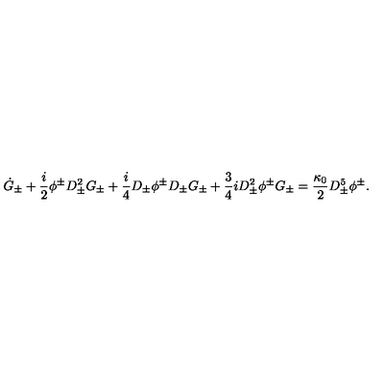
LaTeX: \dot { G } _ { \pm } + \frac { i } { 2 } \phi ^ { \pm } D _ { \pm } ^ { 2 } G _ { \pm } + \frac { i } { 4 } D _ { \pm } \phi ^ { \pm } D _ { \pm } G _ { \pm } + \frac { 3 } { 4 } i D _ { \pm } ^ { 2 } \phi ^ { \pm } G _ { \pm } = \frac { \kappa _ { 0 } } { 2 } D _ { \pm } ^ { 5 } \phi ^ { \pm } .